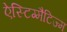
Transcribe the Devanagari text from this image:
ऐस्टिग्मैटिज्म